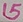
Text: 15